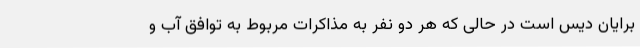
برایان دیس است در حالی که هر دو نفر به مذاکرات مربوط به توافق آب و